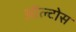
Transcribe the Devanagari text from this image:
ऑल्टोस